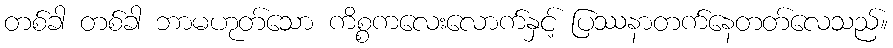
တစ်ခါ တစ်ခါ ဘာမဟုတ်သော ကိစ္စကလေးလောက်နှင့် ပြဿနာတက်နေတတ်လေသည်။